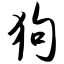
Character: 狗